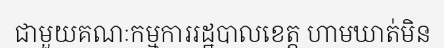
ជាមួយគណៈកម្មការរដ្ឋបាលខេត្ត ហាមឃាត់មិន